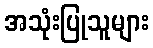
အသုံးပြုသူများ